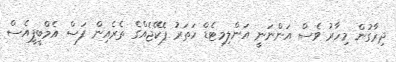
ދިރާގުން މިހާރު ވެސް އަންނަނީ އަންލިމިޓެޑް ހަތަރު ޕެކޭޖެއްގެ ތެރެއިން ފަސް އެމްބީޕީއެސް